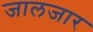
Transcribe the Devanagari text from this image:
जालजार